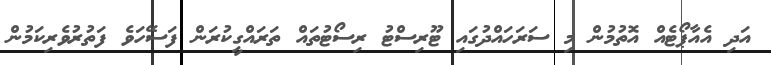
އަދި އެއާޕޯޓެއް އޮތުމުން މި ސަރަހައްދުގައި ޓޫރިސްޓު ރިސޯޓުތައް ތަރައްގީކުރަން ފަސޭހަވެ ފަތުރުވެރިކަމުން